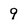
Character: 9